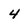
Character: 4